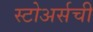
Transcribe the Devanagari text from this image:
स्टोअर्सची